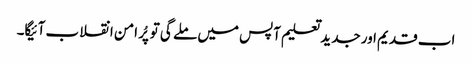
اب قدیم اور جدید تعلیم آپس میں ملے گی تو پُر امن انقلاب آئیگا۔